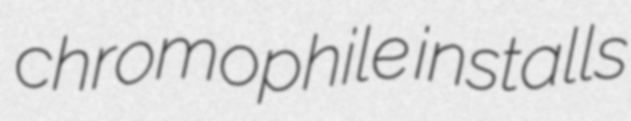
chromophile installs